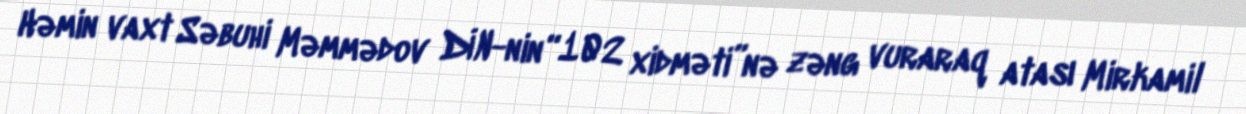
Həmin vaxt Səbuhi Məmmədov DİN-nin “102 xidməti”nə zəng vuraraq atası Mirkamil